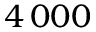
4 \, 0 0 0